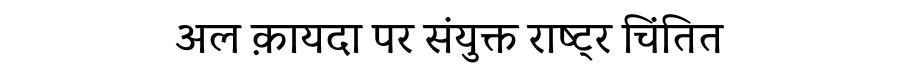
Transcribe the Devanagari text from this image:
अल क़ायदा पर संयुक्त राष्ट्र चिंतित